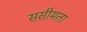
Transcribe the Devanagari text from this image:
ससीमता